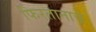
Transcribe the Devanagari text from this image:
फिरतानाचे